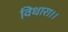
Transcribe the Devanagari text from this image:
विधारा।।